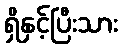
ရှိနှင့်ပြီးသား